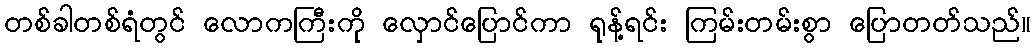
တစ်ခါတစ်ရံတွင် လောကကြီးကို လှောင်ပြောင်ကာ ရုန့်ရင်း ကြမ်းတမ်းစွာ ပြောတတ်သည်။